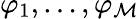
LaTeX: \varphi_{1},\ldots,\varphi_{\mathcal{M}}